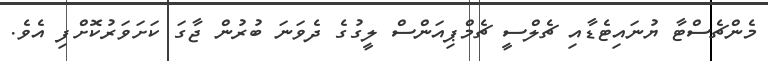
މެންޗެސްޓާ ޔުނައިޓެޑާއި ޗެލްސީ ޗެމްޕިއަންސް ލީގުގެ ދެވަނަ ބުރުން ޖާގަ ކަށަވަރުކޮށްފި އެވެ.